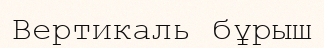
Вертикаль бұрыш